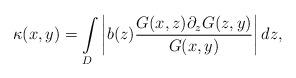
LaTeX: \begin{align*}\kappa(x,y) = \int\limits_D\left|b(z)\frac{ G(x,z) \partial_zG(z,y)}{G(x,y)}\right|dz,\end{align*}